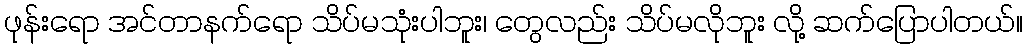
ဖုန်းရော အင်တာနက်ရော သိပ်မသုံးပါဘူး၊ တွေလည်း သိပ်မလိုဘူး လို့ ဆက်ပြောပါတယ်။